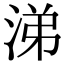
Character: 涕